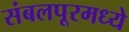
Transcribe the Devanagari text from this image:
संबलपूरमध्ये